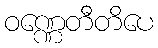
ဝဏ္ဏေတီတိပေ